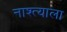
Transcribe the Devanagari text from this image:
नाश्त्याला